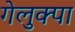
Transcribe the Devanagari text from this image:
गेलुक्पा